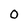
Character: 0